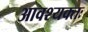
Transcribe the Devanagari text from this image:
आवश्यक्तः